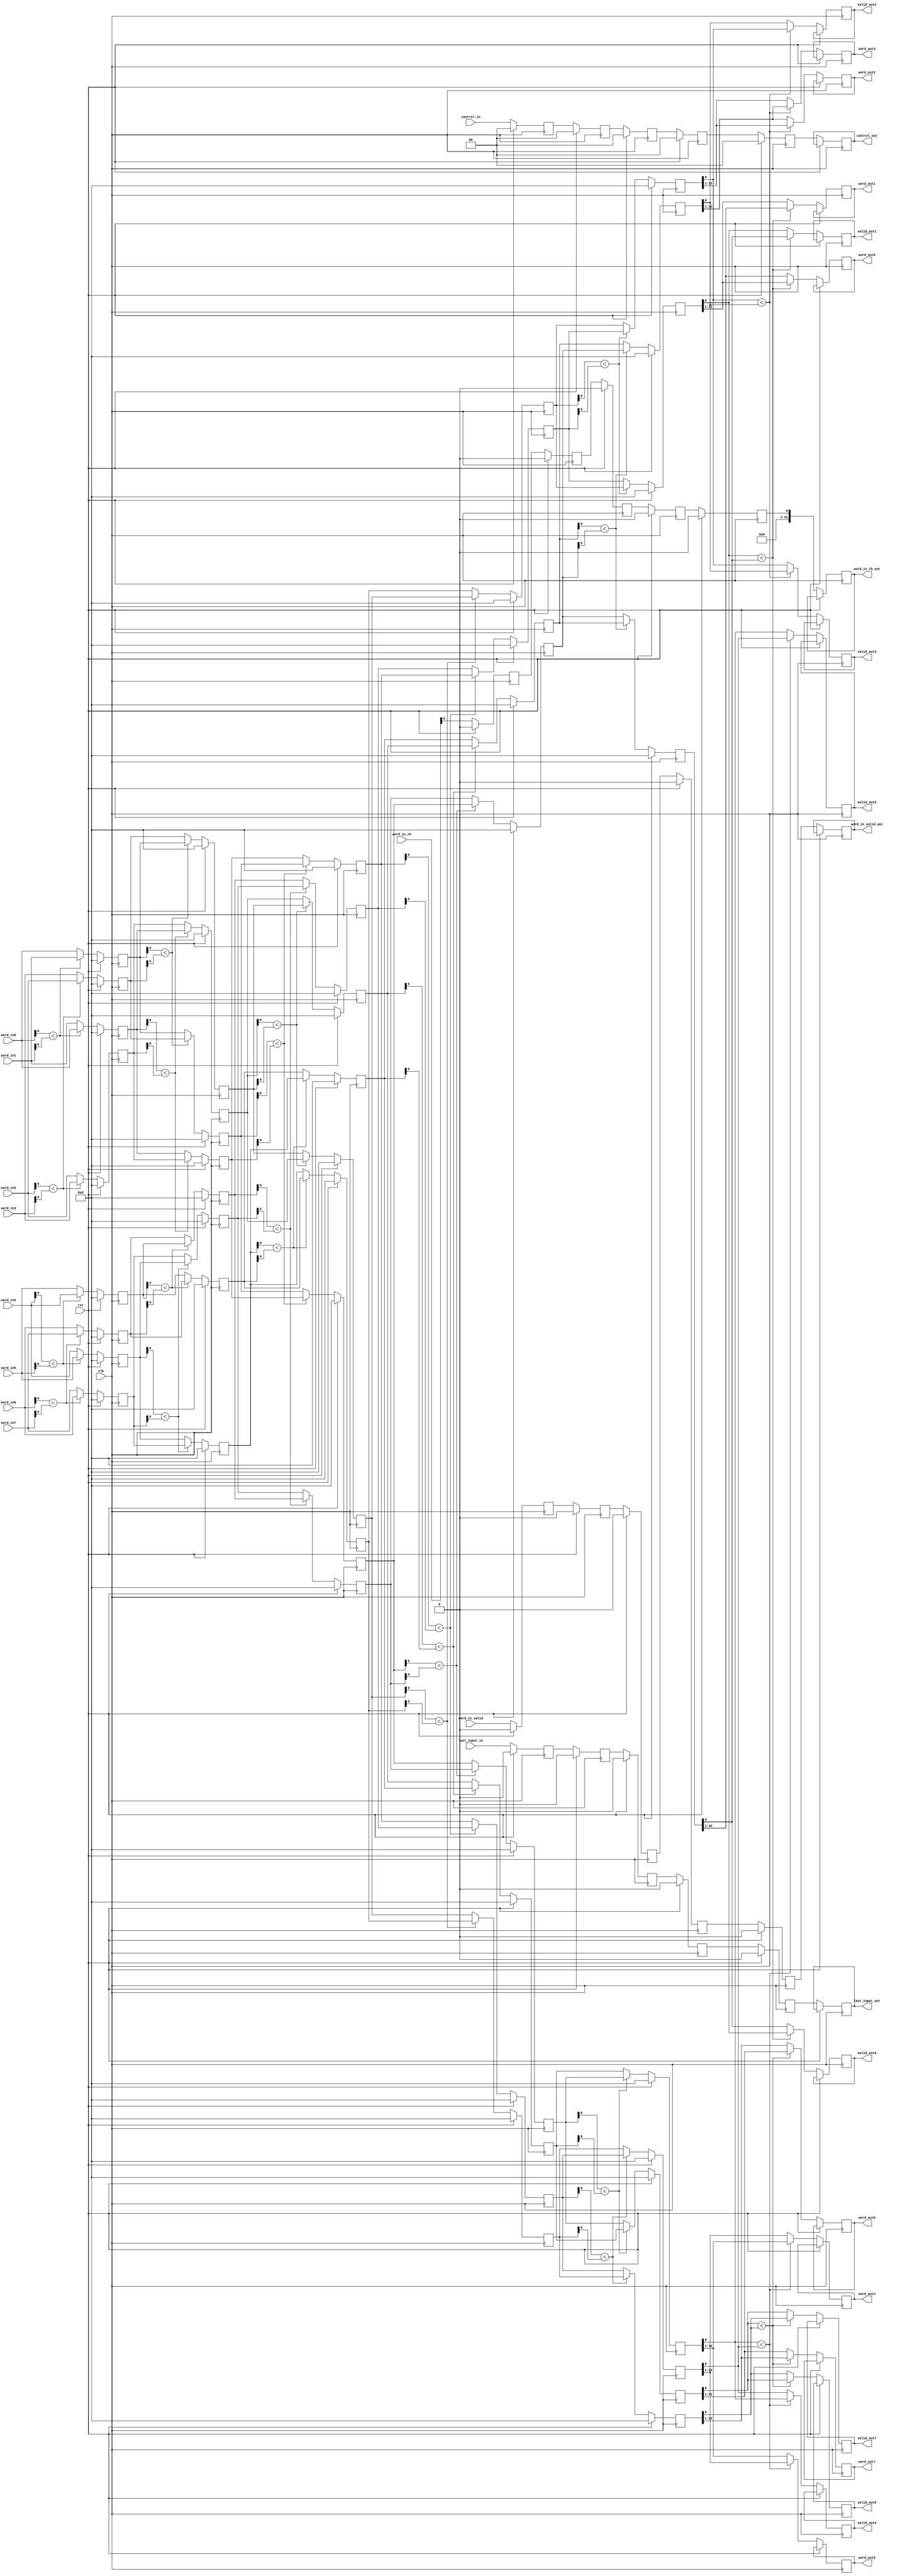
`timescale 1ns / 1ps

module sort(
    clk,
    rst,
    last_input_in,
	control_in,
	word_in_valid,
    word_in_th,
    word_in0,
    word_in1,
    word_in2,
    word_in3,
    word_in4,
    word_in5,
    word_in6,
    word_in7,
 
    
    word_out0,
    word_out1,
    word_out2,
    word_out3,
    word_out4,
    word_out5,
    word_out6,
    word_out7,
    
    valid_out0,
    valid_out1,
    valid_out2,
    valid_out3,
    valid_out4,
    valid_out5,
    valid_out6,
    valid_out7,
	control_out,
	last_input_out,
    word_in_valid_out,
    word_in_th_out
);

input clk, rst;
input [32:0]  word_in0,       word_in1,       word_in2,       word_in3,   word_in4,       word_in5,      word_in6,       word_in7;     
input [0:0]	last_input_in;
input [1:0] control_in;
input [0:0]		word_in_valid;
input [31:0]	word_in_th;

output reg [1:0] control_out;

output reg [0:0] last_input_out;
output reg [31:0]   word_out0,       word_out1,       word_out2,       word_out3,   word_out4,       word_out5,      word_out6,        word_out7;
output reg [0:0]    valid_out0,      valid_out1,      valid_out2,      valid_out3,  valid_out4,      valid_out5,     valid_out6,       valid_out7; 
output  reg [0:0]		word_in_valid_out;  // from afu-io
output  reg [31:0]		word_in_th_out;     // from afu-core

integer i, j;

reg [32:0] stage0 [7:0];
reg [32:0] stage1 [7:0];
reg [32:0] stage2 [7:0];
reg [32:0] stage3 [7:0];
reg [32:0] stage4 [7:0];
reg [0:0]  last_input_buff [4:0];
reg [1:0]  control_buff [4:0];
reg [0:0] word_in_valid_buff [4:0];
reg [0:0] word_in_th_buff [4:0];

always @(posedge clk) begin
        if(rst==1) begin
           for (i=0; i<8; i=i+1) begin
                stage0[i] <= 0;      
                stage1[i] <= 0; 
                stage2[i] <= 0; 
                stage3[i] <= 0;
                stage4[i] <= 0;
           end 	
		   for (j=0; j<5; j=j+1) begin
                last_input_buff [j] <=0;
				control_buff[j] <=0;
				word_in_valid_buff [j] <=0;
				word_in_th_buff [j] <=0;
           end  			 		
		end else begin
            stage0[0] <= (word_in0[0]<word_in1[0])?word_in0:word_in1;
            stage0[1] <= (word_in0[0]<word_in1[0])?word_in1:word_in0;
            stage0[2] <= (word_in2[0]<word_in3[0])?word_in2:word_in3;
            stage0[3] <= (word_in2[0]<word_in3[0])?word_in3:word_in2;
            stage0[4] <= (word_in4[0]<word_in5[0])?word_in4:word_in5;
            stage0[5] <= (word_in4[0]<word_in5[0])?word_in5:word_in4;
            stage0[6] <= (word_in6[0]<word_in7[0])?word_in6:word_in7;
            stage0[7] <= (word_in6[0]<word_in7[0])?word_in7:word_in6;
            last_input_buff [0] <= last_input_in;
			control_buff [0] 	<= control_in;
			word_in_valid_buff [0] <= word_in_valid;
			word_in_th_buff [0] 	<= word_in_th;
            
			//*******************************************************//
            stage1[0] <= (stage0[0][0]< stage0[3][0])?stage0[0]:stage0[3];
            stage1[3] <= (stage0[0][0]< stage0[3][0])?stage0[3]:stage0[0];
            stage1[1] <= (stage0[1][0]< stage0[2][0])?stage0[1]:stage0[2];
            stage1[2] <= (stage0[1][0]< stage0[2][0])?stage0[2]:stage0[1];
            stage1[4] <= (stage0[4][0]< stage0[7][0])?stage0[4]:stage0[7];
            stage1[7] <= (stage0[4][0]< stage0[7][0])?stage0[7]:stage0[4];
            stage1[5] <= (stage0[5][0]< stage0[6][0])?stage0[5]:stage0[6];
            stage1[6] <= (stage0[5][0]< stage0[6][0])?stage0[6]:stage0[5];
            last_input_buff [1] <= last_input_buff [0];
			control_buff [1] 	<= control_buff [0];
			word_in_valid_buff [1] <= word_in_valid_buff [0];
			word_in_th_buff [1] 	<= word_in_th_buff [0];
			
            //*******************************************************//
            stage2[0] <= (stage1[0][0]< stage1[1][0])?stage1[0]:stage1[1];
            stage2[1] <= (stage1[0][0]< stage1[1][0])?stage1[1]:stage1[0];
            stage2[2] <= (stage1[2][0]< stage1[3][0])?stage1[2]:stage1[3];
            stage2[3] <= (stage1[2][0]< stage1[3][0])?stage1[3]:stage1[2];
            stage2[4] <= (stage1[4][0]< stage1[5][0])?stage1[4]:stage1[5];
            stage2[5] <= (stage1[4][0]< stage1[5][0])?stage1[5]:stage1[4];
            stage2[6] <= (stage1[6][0]< stage1[7][0])?stage1[6]:stage1[7];
            stage2[7] <= (stage1[6][0]< stage1[7][0])?stage1[7]:stage1[6]; 
            last_input_buff [2] <= last_input_buff [1];
			control_buff [2] 	<= control_buff [1];
			word_in_valid_buff [2] <= word_in_valid_buff [1];
			word_in_th_buff [2] 	<= word_in_th_buff [1];
			
            //*******************************************************//
            stage3[0] <= (stage2[0][0]< stage2[7][0])?stage2[0]:stage2[7];
            stage3[7] <= (stage2[0][0]< stage2[7][0])?stage2[7]:stage2[0];
            stage3[1] <= (stage2[1][0]< stage2[6][0])?stage2[1]:stage2[6];
            stage3[6] <= (stage2[1][0]< stage2[6][0])?stage2[6]:stage2[1];
            stage3[2] <= (stage2[2][0]< stage2[5][0])?stage2[2]:stage2[5];
            stage3[5] <= (stage2[2][0]< stage2[5][0])?stage2[5]:stage2[2];
            stage3[3] <= (stage2[3][0]< stage2[4][0])?stage2[3]:stage2[4];
            stage3[4] <= (stage2[3][0]< stage2[4][0])?stage2[4]:stage2[3]; 
            last_input_buff [3] <= last_input_buff [2];
			control_buff [3] 	<= control_buff [2];
			word_in_valid_buff [3] <= word_in_valid_buff [2];
			word_in_th_buff [3] 	<= word_in_th_buff [2];
			
            //*******************************************************//
            stage4[0] <= (stage3[0][0]< stage3[2][0])?stage3[0]:stage3[2];
            stage4[2] <= (stage3[0][0]< stage3[2][0])?stage3[2]:stage3[0];
            stage4[1] <= (stage3[1][0]< stage3[3][0])?stage3[1]:stage3[3];
            stage4[3] <= (stage3[1][0]< stage3[3][0])?stage3[3]:stage3[1];
            stage4[4] <= (stage3[4][0]< stage3[6][0])?stage3[4]:stage3[6];
            stage4[6] <= (stage3[4][0]< stage3[6][0])?stage3[6]:stage3[4];
            stage4[5] <= (stage3[5][0]< stage3[7][0])?stage3[5]:stage3[7];
            stage4[7] <= (stage3[5][0]< stage3[7][0])?stage3[7]:stage3[5];
            last_input_buff [4] <= last_input_buff [3];
			control_buff [4] 	<= control_buff [3];
			word_in_valid_buff [4] <= word_in_valid_buff [3];
			word_in_th_buff [4] 	<= word_in_th_buff [3];
			
            //*******************************************************//
            word_out0 <= (stage4[0][0]< stage4[1][0])?stage4[0][32:1]:stage4[1][32:1];
            word_out1 <= (stage4[0][0]< stage4[1][0])?stage4[1][32:1]:stage4[0][32:1]; 
            word_out2 <= (stage4[2][0]< stage4[3][0])?stage4[2][32:1]:stage4[3][32:1];
            word_out3 <= (stage4[2][0]< stage4[3][0])?stage4[3][32:1]:stage4[2][32:1];
            word_out4 <= (stage4[4][0]< stage4[5][0])?stage4[4][32:1]:stage4[5][32:1];
            word_out5 <= (stage4[4][0]< stage4[5][0])?stage4[5][32:1]:stage4[4][32:1];
            word_out6 <= (stage4[6][0]< stage4[7][0])?stage4[6][32:1]:stage4[7][32:1];
            word_out7 <= (stage4[6][0]< stage4[7][0])?stage4[7][32:1]:stage4[6][32:1];
            
         
            valid_out0<= (stage4[0][0]< stage4[1][0])?stage4[0][0]:stage4[1][0];    
            valid_out1<= (stage4[0][0]< stage4[1][0])?stage4[1][0]:stage4[0][0]; 
            valid_out2<= (stage4[2][0]< stage4[3][0])?stage4[2][0]:stage4[3][0];
            valid_out3<= (stage4[2][0]< stage4[3][0])?stage4[3][0]:stage4[2][0];
            valid_out4<= (stage4[4][0]< stage4[5][0])?stage4[4][0]:stage4[5][0];
            valid_out5<= (stage4[4][0]< stage4[5][0])?stage4[5][0]:stage4[4][0];
            valid_out6<= (stage4[6][0]< stage4[7][0])?stage4[6][0]:stage4[7][0];
            valid_out7<= (stage4[6][0]< stage4[7][0])?stage4[7][0]:stage4[6][0];     
			
			last_input_out  	<= last_input_buff [4];
			control_out 		<= control_buff [4];
			word_in_valid_out 	<= word_in_valid_buff [4];
			word_in_th_out 		<= word_in_th_buff [4];
        end                
end           
endmodule